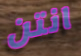
انتن